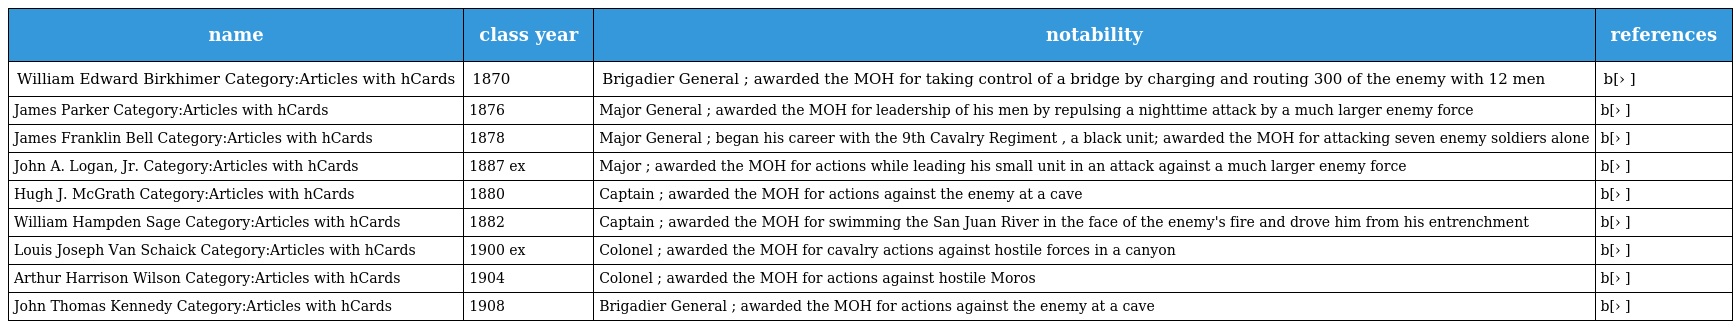
| name | class year | notability | references |
 | --- | --- | --- | --- |
 | William Edward Birkhimer Category:Articles with hCards | 1870 | Brigadier General ; awarded the MOH for taking control of a bridge by charging and routing 300 of the enemy with 12 men | b[› ] |
 | James Parker Category:Articles with hCards | 1876 | Major General ; awarded the MOH for leadership of his men by repulsing a nighttime attack by a much larger enemy force | b[› ] |
 | James Franklin Bell Category:Articles with hCards | 1878 | Major General ; began his career with the 9th Cavalry Regiment , a black unit; awarded the MOH for attacking seven enemy soldiers alone | b[› ] |
 | John A. Logan, Jr. Category:Articles with hCards | 1887 ex | Major ; awarded the MOH for actions while leading his small unit in an attack against a much larger enemy force | b[› ] |
 | Hugh J. McGrath Category:Articles with hCards | 1880 | Captain ; awarded the MOH for actions against the enemy at a cave | b[› ] |
 | William Hampden Sage Category:Articles with hCards | 1882 | Captain ; awarded the MOH for swimming the San Juan River in the face of the enemy's fire and drove him from his entrenchment | b[› ] |
 | Louis Joseph Van Schaick Category:Articles with hCards | 1900 ex | Colonel ; awarded the MOH for cavalry actions against hostile forces in a canyon | b[› ] |
 | Arthur Harrison Wilson Category:Articles with hCards | 1904 | Colonel ; awarded the MOH for actions against hostile Moros | b[› ] |
 | John Thomas Kennedy Category:Articles with hCards | 1908 | Brigadier General ; awarded the MOH for actions against the enemy at a cave | b[› ] |